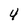
Character: 4